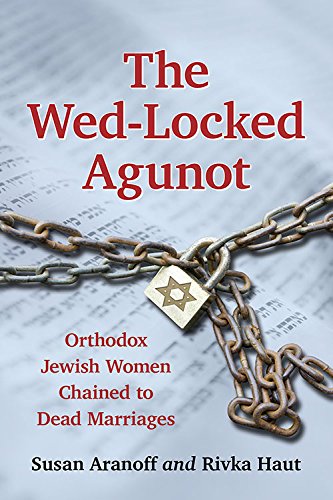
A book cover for The Wed-Locked Agunot Orthodox Jewish Women Chained to Dead Marriages; Susan Aranoff; Religion & Spirituality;